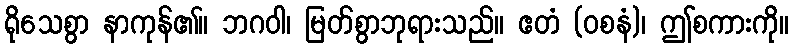
ရိုသေစွာ နာကုန်၏။ ဘဂဝါ၊ မြတ်စွာဘုရားသည်။ ဧတံ (ဝစနံ)၊ ဤစကားကို။